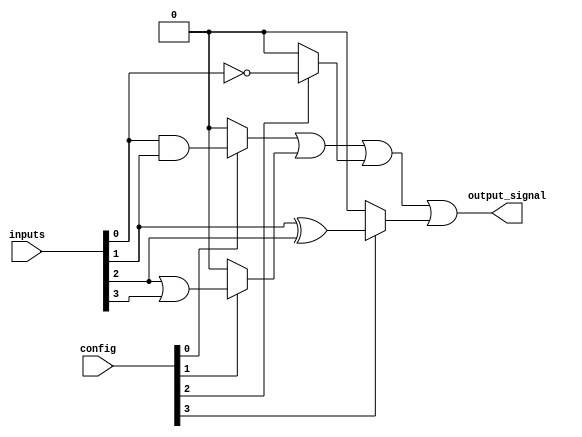
module combinational_logic_block (
    input wire [3:0] inputs,      // 4 input signals
    input wire [3:0] config,      // Configuration signals for anti-fuses
    output wire output_signal      // Output signal
);

// Internal signals for logic gates
wire and_out, or_out, not_out, xor_out;

// Logic gate implementations
assign and_out = inputs[0] & inputs[1]; // AND gate
assign or_out  = inputs[2] | inputs[3]; // OR gate
assign not_out = ~inputs[0];             // NOT gate
assign xor_out = inputs[1] ^ inputs[2]; // XOR gate

// Output logic based on configuration
assign output_signal = (config[0] ? and_out : 1'b0) |
                       (config[1] ? or_out  : 1'b0) |
                       (config[2] ? not_out : 1'b0) |
                       (config[3] ? xor_out : 1'b0);

endmodule